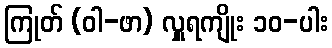
ကြုတ် (ဝါ-ဖာ) လှူရကျိုး ၁၀-ပါး